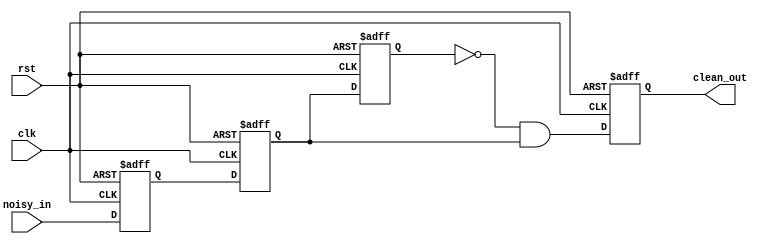
`timescale 1ns / 1ps

module debouncer(
	input 		clk,
	input 		rst,
	input 		noisy_in, // port from the push button
	output reg 	clean_out // port into the circuit
    );

reg noisy_in_reg;

reg clean_out_tmp1; // will be used to detect rising edge
reg clean_out_tmp2; // will be used to detect rising edge

always@(posedge clk or posedge rst)
begin
	if (rst==1'b1) begin
		noisy_in_reg <= 0;
		clean_out_tmp1 <= 0;
		clean_out_tmp2 <= 0;
		
		clean_out <= 0;
	end
	else begin
		// store the input
		noisy_in_reg <= noisy_in; 
		clean_out_tmp1 <= noisy_in_reg;
				
		// rising edge detect
		clean_out_tmp2 <= clean_out_tmp1;
		clean_out <= ~clean_out_tmp2 & clean_out_tmp1; // it produce a single pulse during a risingedge	
	end
end

endmodule